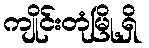
ကျိုင်းတုံမြို့ရှိ